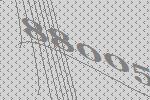
88005